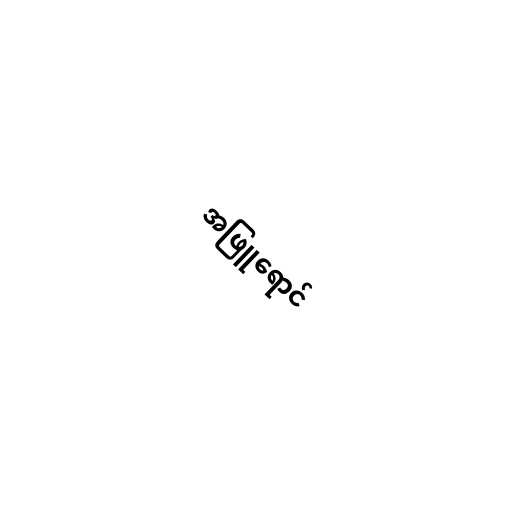
အဖြူရောင်